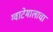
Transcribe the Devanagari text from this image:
ग्वाटेमालाचा